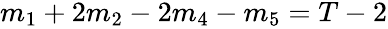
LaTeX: \begin{array}{r}{m_{1}+2m_{2}-2m_{4}-m_{5}=T-2}\end{array}